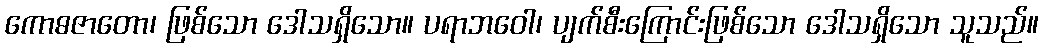
ကောဓဇာတော၊ ဖြစ်သော ဒေါသရှိသော။ ပရာဘဝေါ၊ ပျက်စီးကြောင်းဖြစ်သော ဒေါသရှိသော သူသည်။